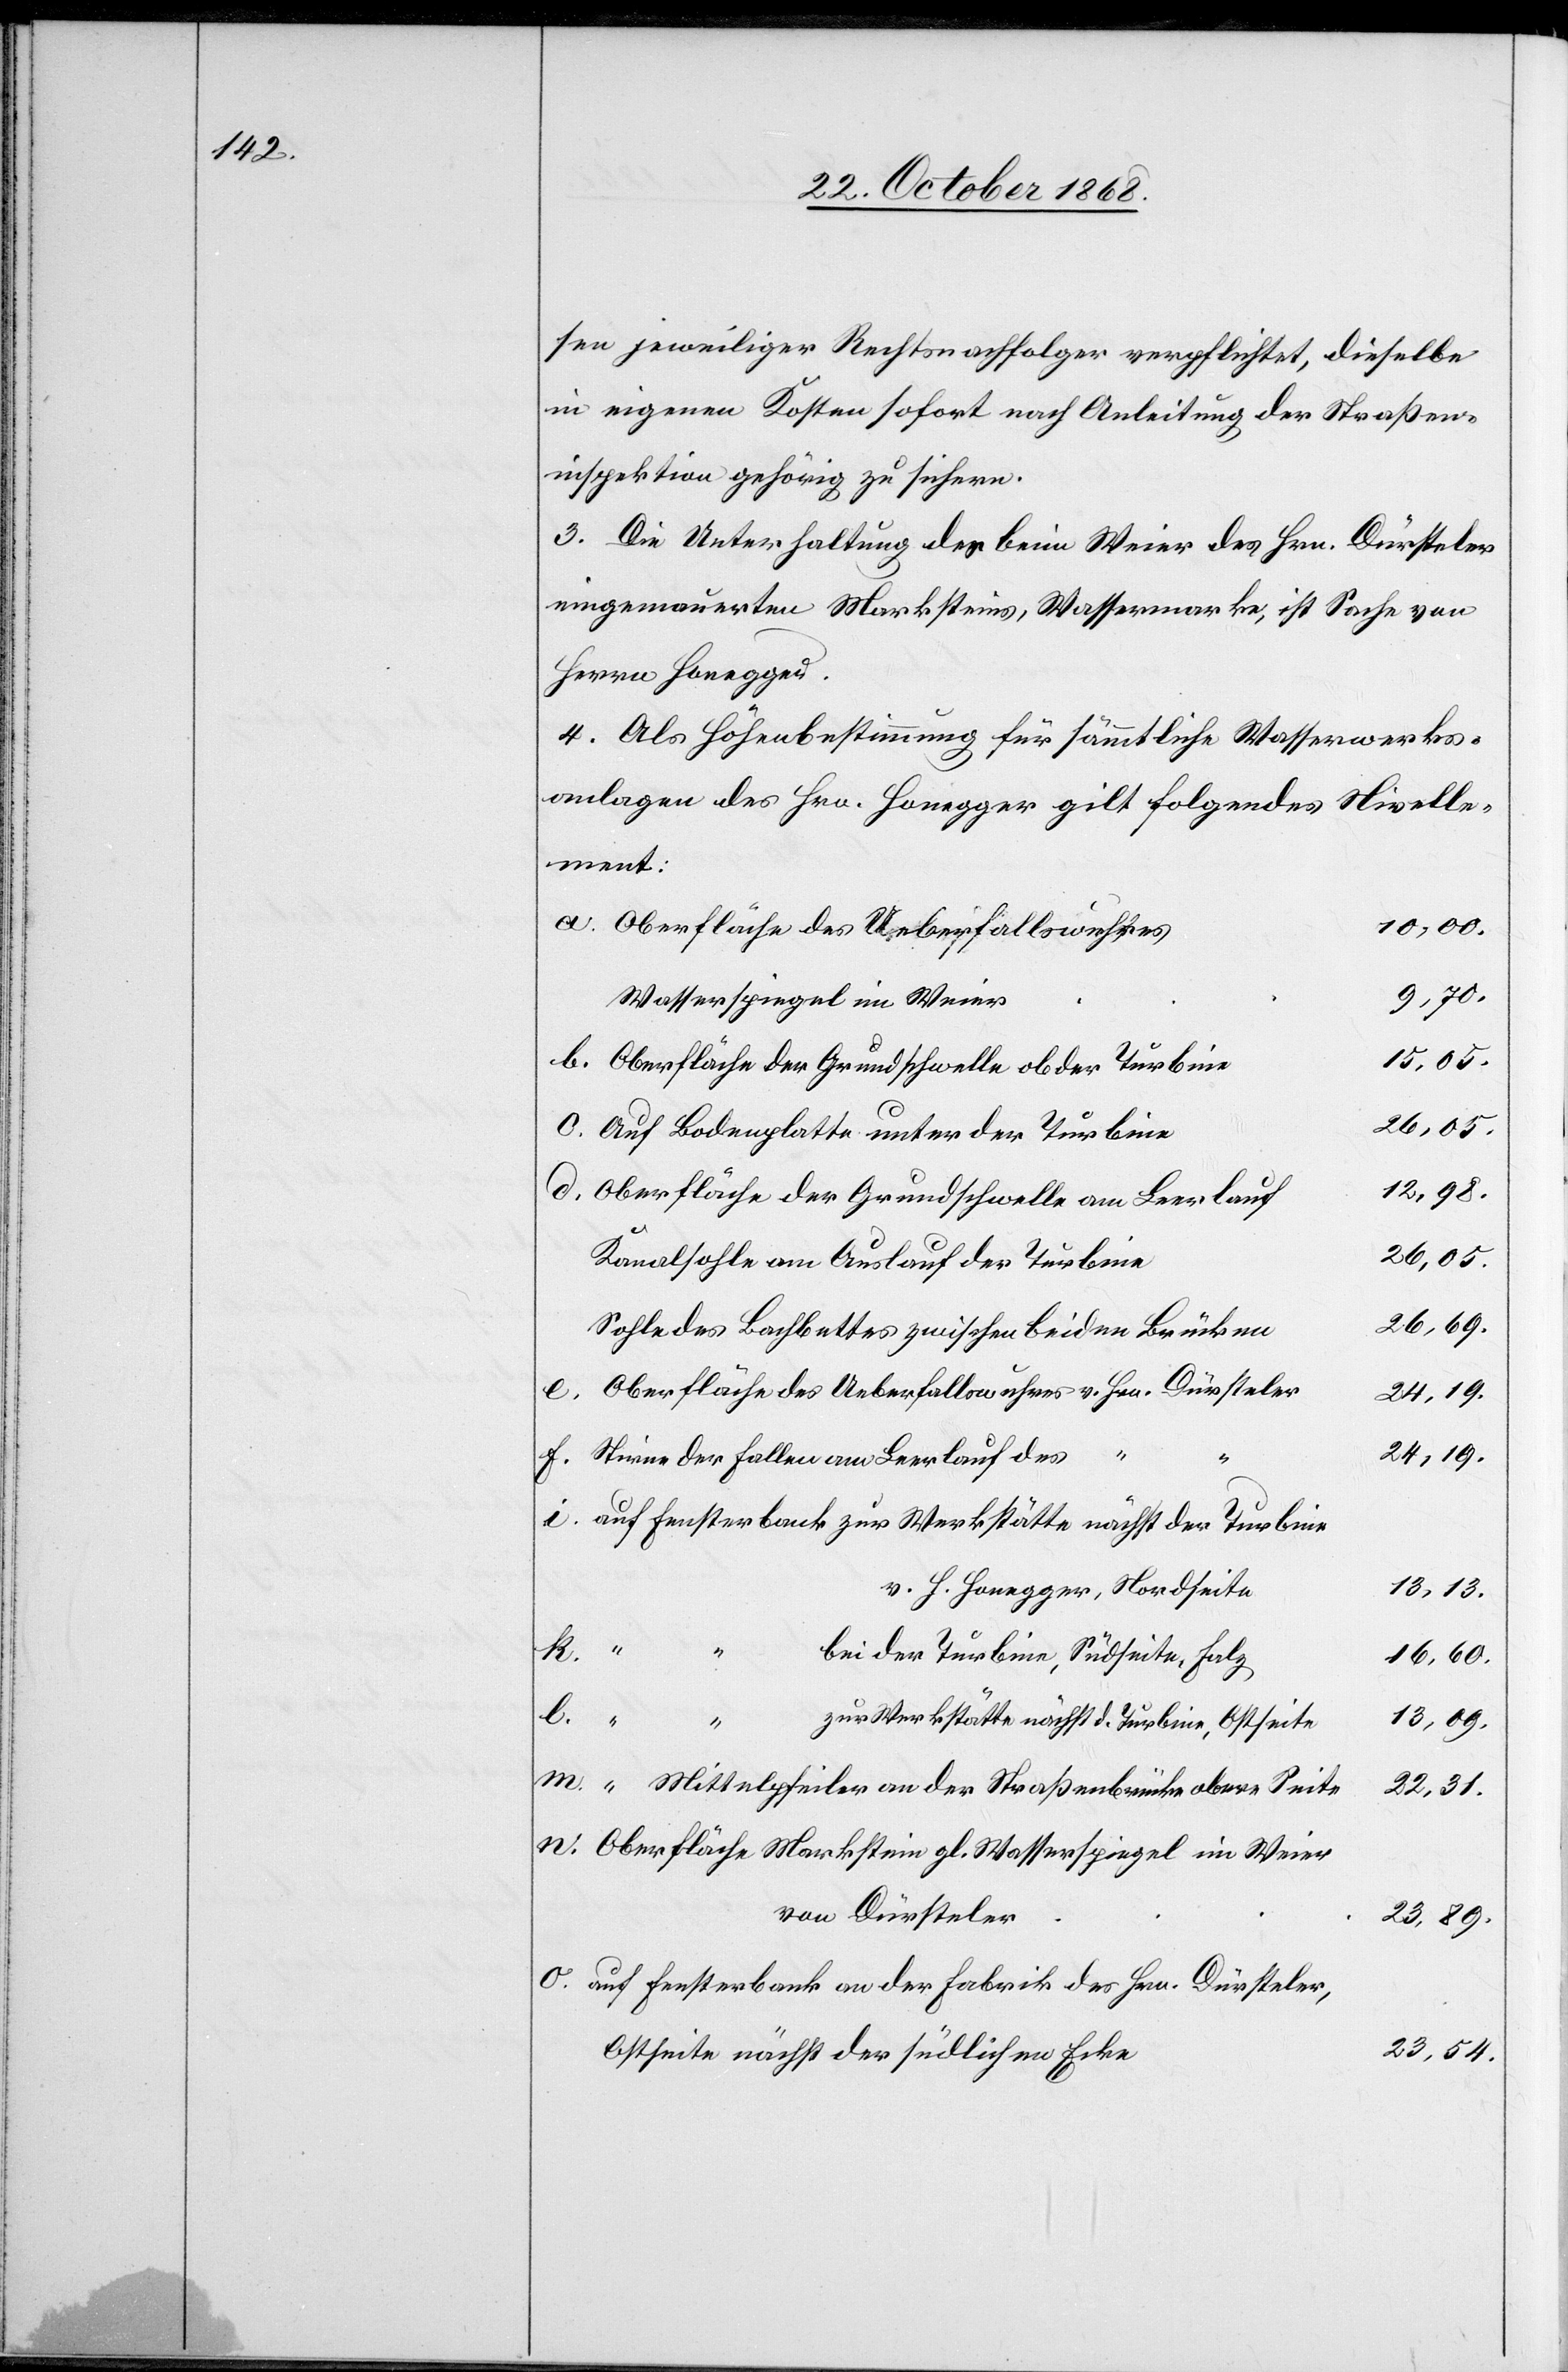
sen jeweiliger Rechtsnachfolger verpflichtet, dieselbe
in eigenen Kosten sofort nach Anleitung der Straßen¬
inspektion gehörig zu sichern.
3. Die Unterhaltung des beim Weier des Hrn. Dürsteler
eingemauerten Marksteins, Wassermarke, ist Sache von
Herrn Honegger.
4. Als Höhenbestimmung für sämmtliche Wasserwerks¬
anlagen des Hrn. Honegger gilt folgendes Nivelle¬
ment:
10,00.
Oberfläche des Ueberfallswuhres
9,70.
Wasserspiegel im Weier
15,05.
Oberfläche der Grundschwelle ob der Turbine
Auf Bodenplatte unter der Turbine
12,98.
Oberfläche der Grundschwelle am Leerlauf
26,05.
Kanalsohle am Auslauf der Turbine
26,69.
Sohle des Bachbettes zwischen beiden Brücken
Oberfläche des Ueberfallswuhres v. Hrn. Dürsteler
24,19.
v. H.
Stirne der Fallen am Leerlauf des
auf Fensterbank zur Werkstätte nächst der Turbine
13,13.
m.
bei der Turbine, Südseite, Falz
16,60.
l.
zur Werkstätte nächst d. Turbine, Ostseite
13,09.
“ Mittelpfeiler an der Straßenbrücke obere Seite
22,31.
Oberfläche Markstein gl. Wasserspiegel im Weier
von Dürsteler
23,89.
auf Fensterbank an der Fabrik des Hrn. Dürsteler,
23,54.
Ostseite nächst der südlichen Ecke